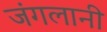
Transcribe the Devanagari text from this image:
जंगलानी